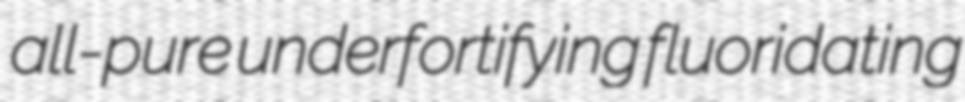
all-pure underfortifying fluoridating